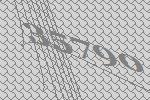
35790